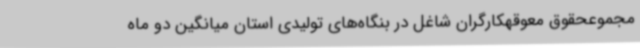
مجموعحقوق معوقهکارگران شاغل در بنگاه‌های تولیدی استان میانگین دو ماه